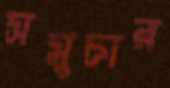
সমুচার